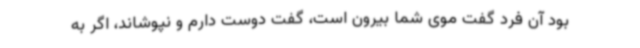
بود آن فرد گفت موی شما بیرون است، گفت دوست دارم و نپوشاند، اگر به